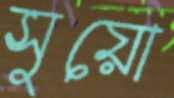
সুয়ো